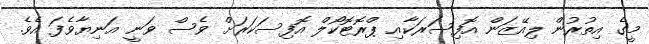
މީގެ އިތުރުން ލިއޭޒަން އޮފިސަރަކާއި ޕްރޮޓޮކޯލް އޮފިސަކަރަށް ވެސް ވަނީ އަނިޔާވެފަ އެވެ.